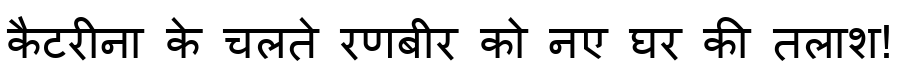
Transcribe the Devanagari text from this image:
कैटरीना के चलते रणबीर को नए घर की तलाश!